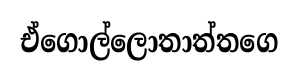
ඒගොල්ලොතාත්තගෙ